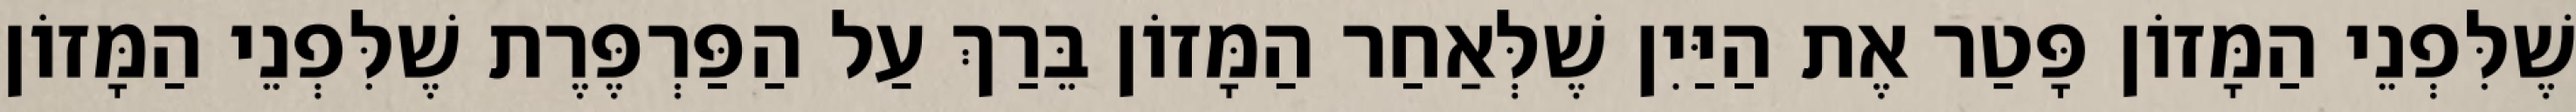
שֶׁלִּפְנֵי הַמָּזוֹן פָּטַר אֶת הַיַּיִן שֶׁלְּאַחַר הַמָּזוֹן בֵּרַךְ עַל הַפַּרְפֶּרֶת שֶׁלִּפְנֵי הַמָּזוֹן